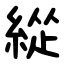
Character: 緃